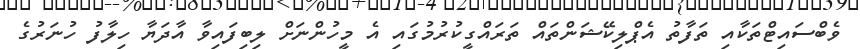
ވެބްސައިޓްތަކާއި ތަފާތު އެޕްލިކޭޝަންތައް ތަރައްގީކުރުމުގައި އެ މީހުންނަށް ލިބިފައިވާ އާދަޔާ ހިލާފު ހުނަރުގެ